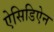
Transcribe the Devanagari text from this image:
ऐसिडिऐन